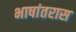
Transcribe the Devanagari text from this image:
भाषांतरास